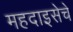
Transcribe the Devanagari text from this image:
महदाइसेचे